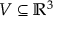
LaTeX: V \subseteq \mathbb { R } ^ { 3 }